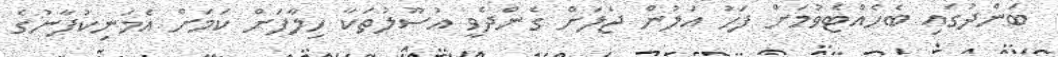
ބަންދުގައި ބެހެއްޓެވުމަށް ފަހު އަލުން ޖަލަށް ގެންދެވީ އުސޫލުތަކާ ހިލާފަށް ކަމަށް އެމަނިކުފާނުގެ